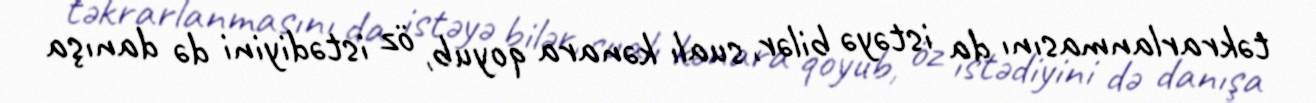
təkrarlanmasını da istəyə bilər, sualı kənara qoyub, öz istədiyini də danışa